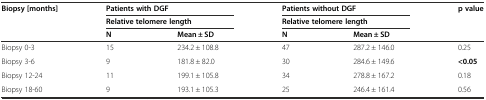
<table><thead><tr><td><b>Biopsy [months]</b></td><td colspan="2"><b>Patients with DGF</b></td><td colspan="2"><b>Patients without DGF</b></td><td><b>p value</b></td></tr><tr><td></td><td colspan="2"><b>Relative telomere length</b></td><td colspan="2"><b>Relative telomere length</b></td><td></td></tr><tr><td></td><td><b>N</b></td><td><b>Mean ± SD</b></td><td><b>N</b></td><td><b>Mean ± SD</b></td><td></td></tr></thead><tbody><tr><td>Biopsy 0-3</td><td>15</td><td>234.2 ± 108.8</td><td>47</td><td>287.2 ± 146.0</td><td>0.25</td></tr><tr><td>Biopsy 3-6</td><td>9</td><td>181.8 ± 82.0</td><td>30</td><td>284.6 ± 149.6</td><td><b>&lt;0.05</b></td></tr><tr><td>Biopsy 12-24</td><td>11</td><td>199.1 ± 105.8</td><td>34</td><td>278.8 ± 167.2</td><td>0.18</td></tr><tr><td>Biopsy 18-60</td><td>9</td><td>193.1 ± 105.3</td><td>25</td><td>246.4 ± 161.4</td><td>0.56</td></tr></tbody></table>